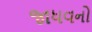
જાધવનો